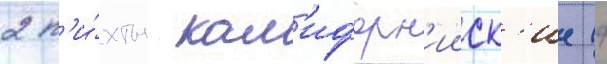
2 п'и́хты кал'ифорн'ииск'ие (д